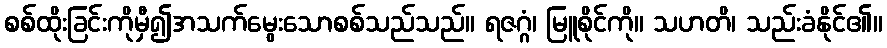
စစ်ထိုးခြင်းကိုမှီ၍အသက်မွေးသောစစ်သည်သည်။ ရဇဂ္ဂံ၊ မြူစိုင်ကို။ သဟတိ၊ သည်းခံနိုင်၏။